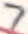
Text: 7